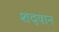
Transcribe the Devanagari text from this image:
शदवान